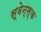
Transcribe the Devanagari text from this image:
स्वेन्स्क